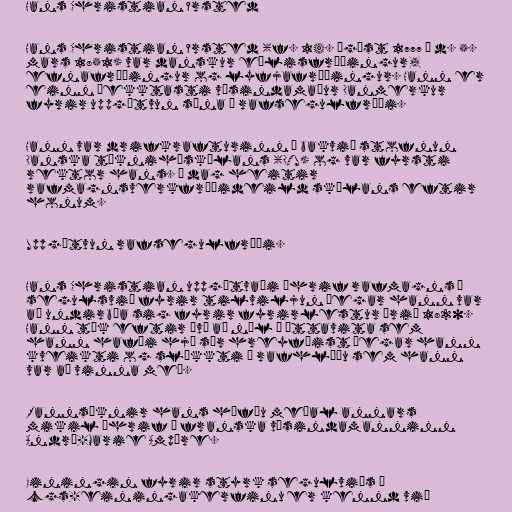
Hans Christian Ørsted

Hans Christian Ørsted (f. 14. ágúst 1777 — d. 5.
mars 1851) var danskur eðlisfræðingur,
efnafræðingur og lyfjafræðingur. Hann er
einn þekktasti vísindamaður Danmerkur
fyrir uppgötvun sína á rafsegulfræði.

Hann var drifkrafturinn á bakvið stofnun
Danska tækniháskólans (DTU) og var fyrsti
rektor hans. Í dag heitir
rafmagnsverkfræðideild skólans eftir
honum.

Uppgötvun rafsegulfræði.

Hans Christian uppgötvaði áhrif rafmagns á
segulsvið fyrir tilviljun þegar hann var
að undirbúa sig fyrir fyrirlestur árið 1820.
Hann tók eftir því að nál á áttavita sem
hann hafði hjá sér hreyfðist þegar hann
kveikti og slökkti á rafhlöðu sem hann
var að vinna með.

Rannsóknir hans höfðu meðal annars
mikil áhrif á franska vísindamanninn
André-Marie Ampère.

Einingin fyrir styrk segulviðs í
cgs-einingakerfinu er kennd við